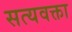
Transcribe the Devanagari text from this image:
सत्यवक्ता